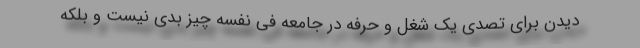
دیدن برای تصدی یک شغل و حرفه در جامعه فی نفسه چیز بدی نیست و بلکه